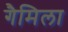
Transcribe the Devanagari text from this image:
गैमिला